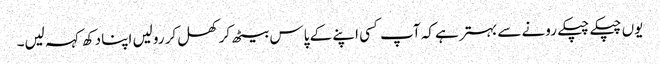
یوں چپکے چپکے رونے سے بہتر ہے کہ آپ کسی اپنے کے پاس بیٹھ کر کھل کر رولیں اپنا دکھ کہہ لیں۔